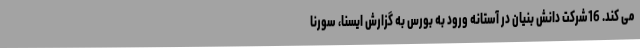
می کند. 16شرکت دانش بنیان در آستانه ورود به بورس به گزارش ایسنا، سورنا